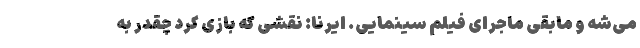
می‌شه و مابقی ماجرای فیلم سینمایی. ایرنا: نقشی که بازی کرد چقدر به